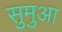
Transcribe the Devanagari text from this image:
सुमुआ